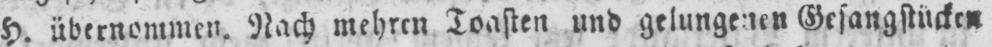
H. übernommen. Nach mehren Toasten und gelungenen Gesangstücken